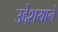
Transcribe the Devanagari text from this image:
उद्देशयाने